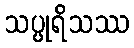
သပ္ပုရိသဿ